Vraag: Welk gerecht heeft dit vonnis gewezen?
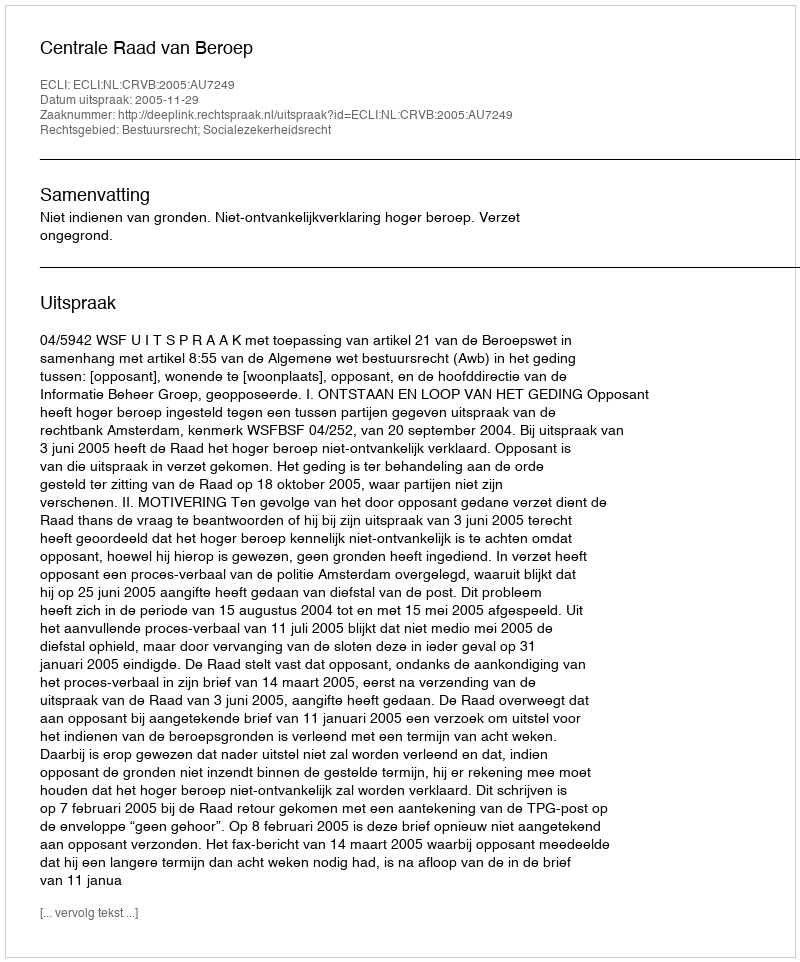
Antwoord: Centrale Raad van Beroep